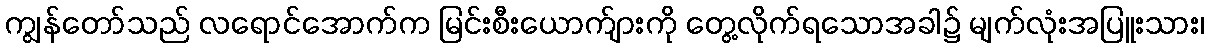
ကျွန်တော်သည် လရောင်အောက်က မြင်းစီးယောက်ျားကို တွေ့လိုက်ရသောအခါ၌ မျက်လုံးအပြူးသား၊